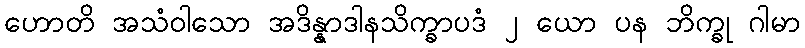
ဟောတိ အသံဝါသော အဒိန္နာဒါနသိက္ခာပဒံ ၂ ယော ပန ဘိက္ခု ဂါမာ